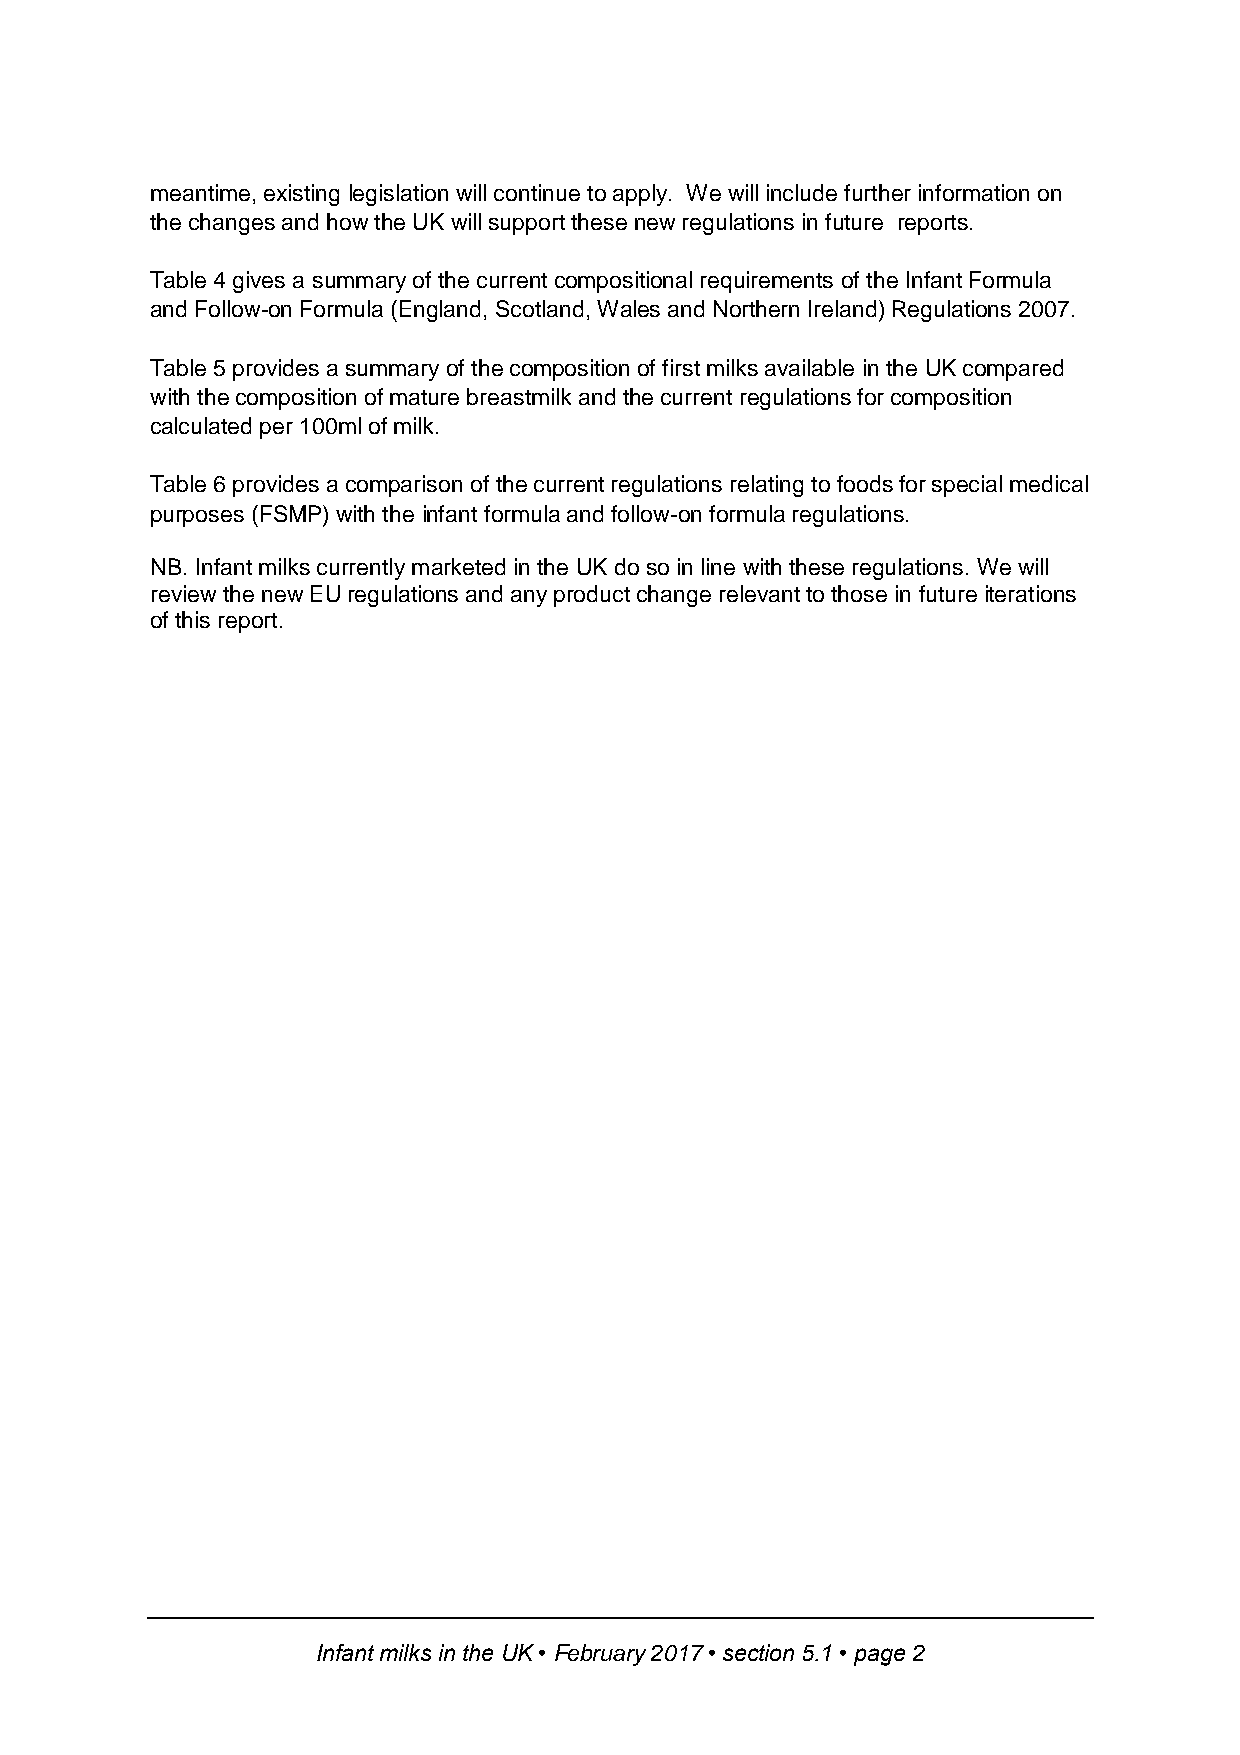
meantime, existing legislation will continue to apply. We will include further information on
 the changes and how the UK will support these new regulations in future reports.
 Table 4 gives a summary of the current compositional requirements of the Infant Formula
 and Follow-on Formula (England, Scotland, Wales and Northern Ireland) Regulations 2007.
 Table 5 provides a summary of the composition of first milks available in the UK compared
 with the composition of mature breastmilk and the current regulations for composition
 calculated per 100ml of milk.
 Table 6 provides a comparison of the current regulations relating to foods for special medical
 purposes (FSMP) with the infant formula and follow-on formula regulations.
 NB. Infant milks currently marketed in the UK do so in line with these regulations. We will
 review the new EU regulations and any product change relevant to those in future iterations
 of this report.
 Infant milks in the UK • February 2017 • section 5.1 • page 2